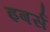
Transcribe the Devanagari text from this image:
इबर्स